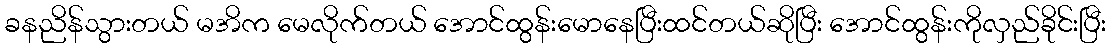
ခနညိန်သွားတယ် မအိက မေလိုက်တယ် အောင်ထွန်းမောနေပြီးထင်တယ်ဆိုပြီး အောင်ထွန်းကိုလှည်ခိုင်းပြီး